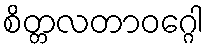
စိတ္တလတာဝဂ္ဂေါ